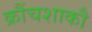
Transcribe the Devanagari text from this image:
क्रौंचशाकौ